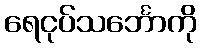
ရေငုပ်သင်္ဘောကို